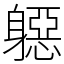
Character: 𨉼